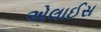
એલાઈસ